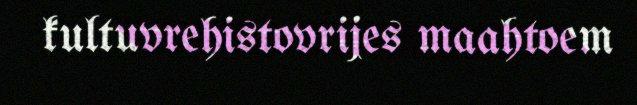
kultuvrehistovrijes maahtoem